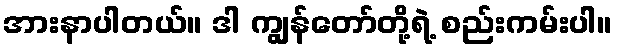
အားနာပါတယ်။ ဒါ ကျွန်တော်တို့ရဲ့ စည်းကမ်းပါ။